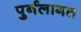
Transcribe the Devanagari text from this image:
पुर्नलागत